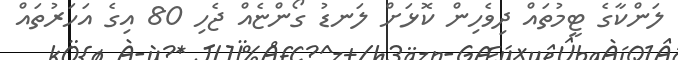
ލަންކާގެ ޓީމުތައް ދިވެހިން ކޮޅަށް ލަނޑު ގޯންޏެއް ޖެހި 80 އިގެ އަހަރުތައް